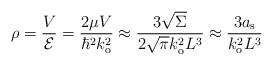
LaTeX: \begin{align*}\rho=\frac{V}{\mathcal{E}}=\frac{2\mu V}{\hbar^{2}k_{\mathrm{o}}^{2}}\approx\frac{3\sqrt{\Sigma}}{2\sqrt{\pi}k_{\mathrm{o}}^{2}L^{3}}\approx\frac{3a_{\mathrm{s}}}{k_{\mathrm{o}}^{2}L^{3}} \end{align*}